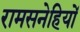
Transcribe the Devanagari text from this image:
रामसनेहियों